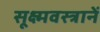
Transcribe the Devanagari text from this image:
सूक्ष्मवस्त्रानें